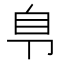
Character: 𰆏